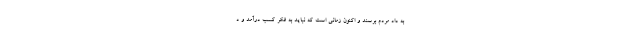
به داد مردم برسند و اکنون زمانی است که نباید به فکر کسب درآمد و د